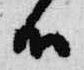
候